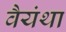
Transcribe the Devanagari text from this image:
वैयंथा